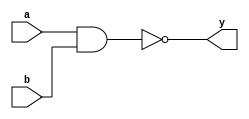
module nandgate(a,b,y);
input a,b;
output y;

nand(y,a,b);

endmodule